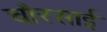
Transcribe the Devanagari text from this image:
चौरसाई